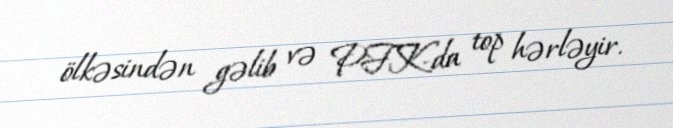
ölkəsindən gəlib və PFK-da top hərləyir.